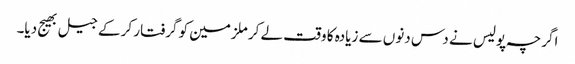
اگرچہ پولیس نے دس دنوں سے زیادہ کا وقت لے کر ملزمین کو گرفتار کر کے جیل بھیج دیا۔